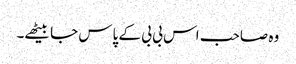
وہ صاحب اس بی بی کے پاس جا بیٹھے۔